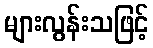
များလွန်းသဖြင့်